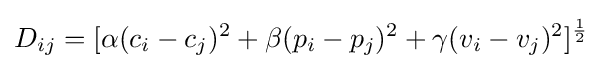
D_{ij}=[\alpha (c_{i}-c_{j})^{2}+\beta (p_{i}-p_{j})^{2}+\gamma (v_{i}-v_{j})^{2}]^{\frac {1}{2}}